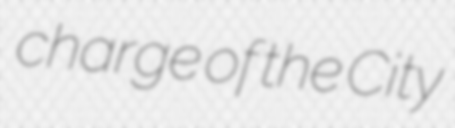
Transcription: charge of the City